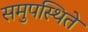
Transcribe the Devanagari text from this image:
समुपस्थिते